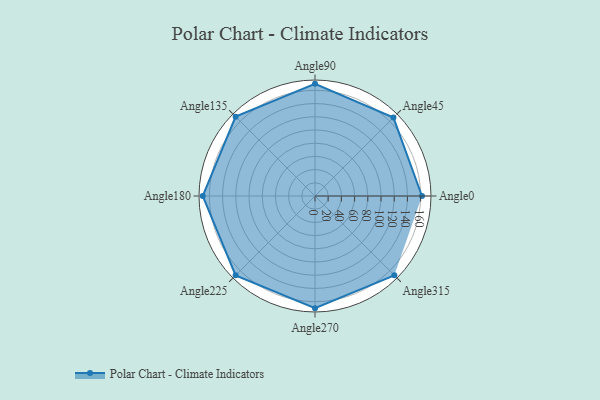
{"axis": {"x": "Angle", "y": "Radius"}, "legend": [""], "data": [{"x": "Angle0", "y": 162.0, "type": ""}, {"x": "Angle45", "y": 168.0, "type": ""}, {"x": "Angle90", "y": 170, "type": ""}, {"x": "Angle135", "y": 170, "type": ""}, {"x": "Angle180", "y": 170, "type": ""}, {"x": "Angle225", "y": 170, "type": ""}, {"x": "Angle270", "y": 170, "type": ""}, {"x": "Angle315", "y": 170, "type": ""}]}